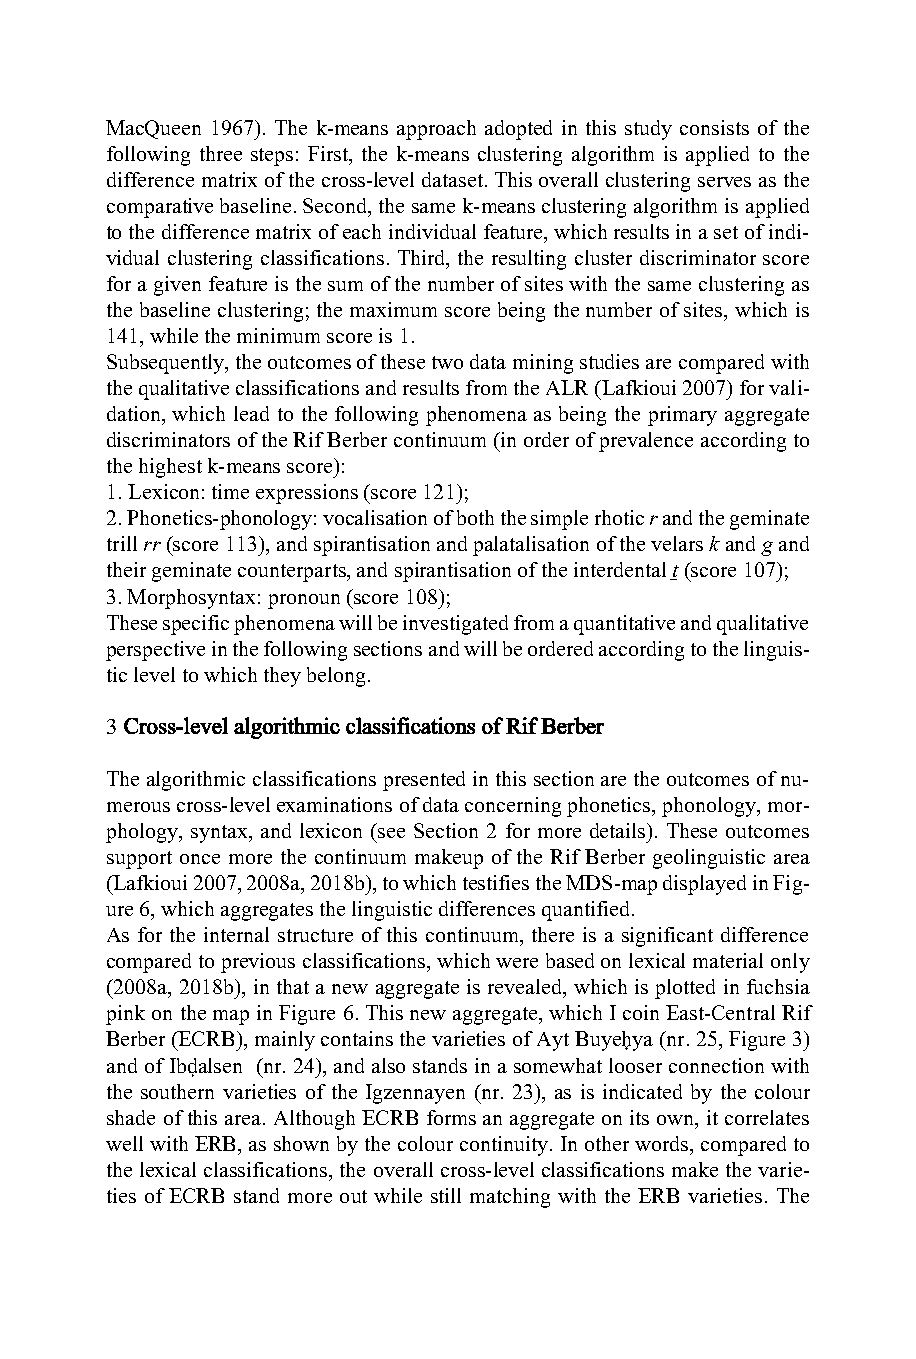
MacQueen 1967). The k-means approach adopted in this study consists of the
 following three steps: First, the k-means clustering algorithm is applied to the
 difference matrix of the cross-level dataset. This overall clustering serves as the
 comparative baseline. Second, the same k-means clustering algorithm is applied
 to the difference matrix of each individual feature, which results in a set of indi-
 vidual clustering classifications. Third, the resulting cluster discriminator score
 for a given feature is the sum of the number of sites with the same clustering as
 the baseline clustering; the maximum score being the number of sites, which is
 141, while the minimum score is 1.
 Subsequently, the outcomes of these two data mining studies are compared with
 the qualitative classifications and results from the ALR (Lafkioui 2007) for vali-
 dation, which lead to the following phenomena as being the primary aggregate
 discriminators of the Rif Berber continuum (in order of prevalence according to
 the highest k-means score):
 1. Lexicon: time expressions (score 121);
 2. Phonetics-phonology: vocalisation of both the simple rhotic r and the geminate
 trill rr (score 113), and spirantisation and palatalisation of the velars k and g and
 their geminate counterparts, and spirantisation of the interdental ṯ (score 107);
 3. Morphosyntax: pronoun (score 108);
 These specific phenomena will be investigated from a quantitative and qualitative
 perspective in the following sections and will be ordered according to the linguis-
 tic level to which they belong.
 3 Cross-level algorithmic classifications of Rif Berber
 The algorithmic classifications presented in this section are the outcomes of nu-
 merous cross-level examinations of data concerning phonetics, phonology, mor-
 phology, syntax, and lexicon (see Section 2 for more details). These outcomes
 support once more the continuum makeup of the Rif Berber geolinguistic area
 (Lafkioui 2007, 2008a, 2018b), to which testifies the MDS-map displayed in Fig-
 ure 6, which aggregates the linguistic differences quantified.
 As for the internal structure of this continuum, there is a significant difference
 compared to previous classifications, which were based on lexical material only
 (2008a, 2018b), in that a new aggregate is revealed, which is plotted in fuchsia
 pink on the map in Figure 6. This new aggregate, which I coin East-Central Rif
 Berber (ECRB), mainly contains the varieties of Ayt Buyeḥya (nr. 25, Figure 3)
 and of Ibḍalsen (nr. 24), and also stands in a somewhat looser connection with
 the southern varieties of the Igzennayen (nr. 23), as is indicated by the colour
 shade of this area. Although ECRB forms an aggregate on its own, it correlates
 well with ERB, as shown by the colour continuity. In other words, compared to
 the lexical classifications, the overall cross-level classifications make the varie-
 ties of ECRB stand more out while still matching with the ERB varieties. The